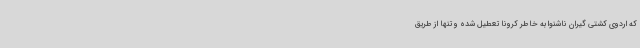
که اردوی کشتی گیران ناشنوا به خاطر کرونا تعطیل شده و تنها از طریق